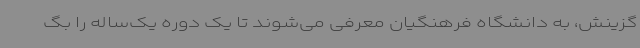
گزینش، به دانشگاه فرهنگیان معرفی می‌شوند تا یک دوره یک‌ساله را بگ